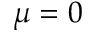
\mu = 0